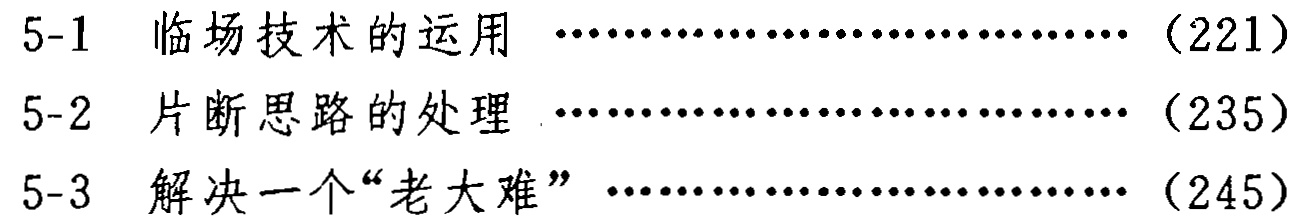
5-1 临场技术的运用 \dotfill （221）\\

5-2 片断思路的处理 \dotfill （235）\\

5-3 解决一个“老大难” \dotfill （245）